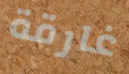
غارقة